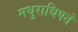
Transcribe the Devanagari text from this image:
मधुराधिपते